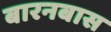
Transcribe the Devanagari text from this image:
बारनबास